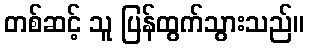
တစ်ဆင့် သူ ပြန်ထွက်သွားသည်။